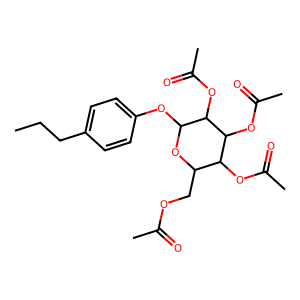
SMILES: CCCc1ccc(OC2OC(COC(C)=O)C(OC(C)=O)C(OC(C)=O)C2OC(C)=O)cc1
Inhibits HIV replication: No